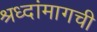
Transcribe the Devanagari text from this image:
श्रध्दांमागची